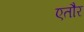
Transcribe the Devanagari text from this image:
एतौर